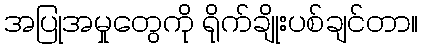
အပြုအမှုတွေကို ရိုက်ချိုးပစ်ချင်တာ။